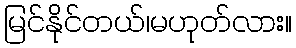
မြင်နိုင်တယ်၊မဟုတ်လား။